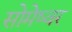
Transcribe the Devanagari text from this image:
सोमेष्वर